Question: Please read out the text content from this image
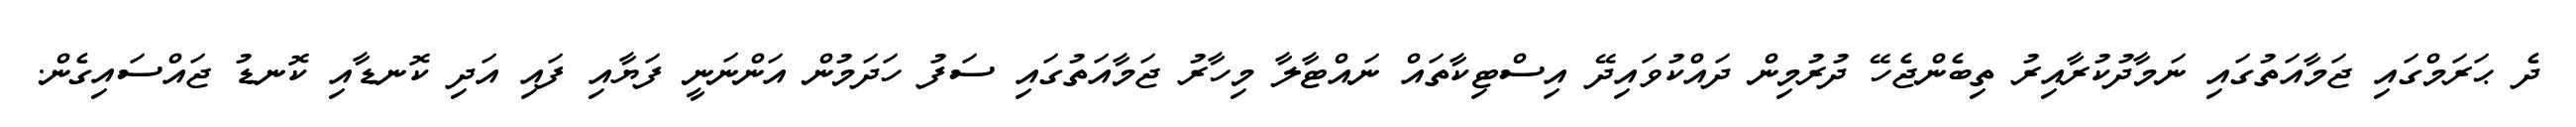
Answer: ދެ ޙަރަމްގައި ޖަމާއަތުގައި ނަމާދުކުރާއިރު ތިބެންޖެހޭ ދުރުމިން ދައްކުވައިދޭ އިސްޓިކާތައް ނައްޓާލާ މިހާރު ޖަމާއަތުގައި ސަފު ހަދަމުން އަންނަނީ ފަޔާއި ފައި އަދި ކޮނޑާއި ކޮނޑު ޖައްސައިގެން.